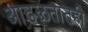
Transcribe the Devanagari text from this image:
आढळतातही